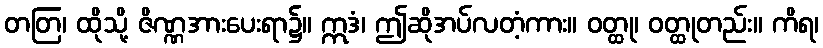
တတြ၊ ထိုသို့ ဇိဏ္ဏအားပေးရာ၌။ ဣဒံ၊ ဤဆိုအပ်လတံ့ကား။ ဝတ္ထု၊ ဝတ္ထုတည်း။ ကိရ၊